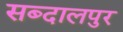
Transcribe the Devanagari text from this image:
सब्दालपुर